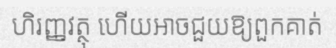
ហិរញ្ញវត្ថុ ហើយអាចជួយឱ្យពួកគាត់